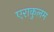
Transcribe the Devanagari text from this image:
एराकुलम